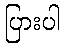
ပြားပါ